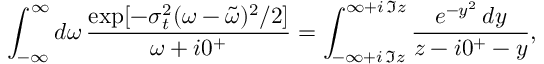
\int _ { - \infty } ^ { \infty } d \omega \, \frac { \exp [ - \sigma _ { t } ^ { 2 } ( \omega - \tilde { \omega } ) ^ { 2 } / 2 ] } { \omega + i 0 ^ { + } } = \int _ { - \infty + i \, \Im z } ^ { \infty + i \, \Im z } \frac { e ^ { - y ^ { 2 } } \, d y } { z - i 0 ^ { + } - y } ,